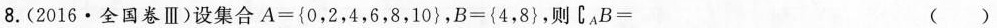
8.(2016·全国卷Ⅲ)设集合$$A={ 0，2，4，6，8，1 0 }$$，$$B = { 4，8 }$$，则$$C _ { A } B = ()$$